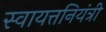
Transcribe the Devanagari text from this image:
स्वायत्तनियंत्री